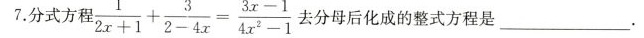
7.分式方程 $$ \frac{1}{2x+1}+ \frac{3}{2-4x}= \frac{3x-1}{4x^{2}-1}$$ 去分母后化成的整式方程是___。